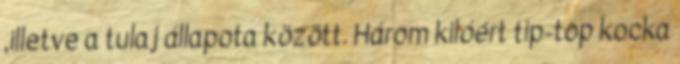
,illetve a tulaj állapota között. Három kilóért tip-top kocka